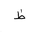
Letter: _za